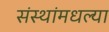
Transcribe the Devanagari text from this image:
संस्थांमधल्या